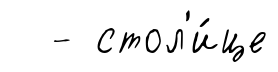
- стол'и́це